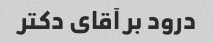
درود بر آقای دکتر